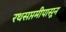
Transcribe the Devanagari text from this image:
रथसप्तमीपासून